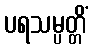
ပရသမ္ပတ္တိံ